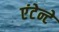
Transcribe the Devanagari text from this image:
एंटेन्टे